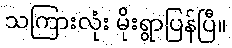
သကြားလုံး မိုးရွာပြန်ပြီ။